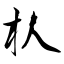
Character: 朲